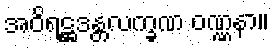
အဝိရဋ္ဌဒန္တလက္ခဏ ဝဏ္ဏနာ။